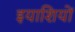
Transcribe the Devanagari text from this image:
इयाशियों